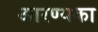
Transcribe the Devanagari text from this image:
आरण्यका